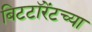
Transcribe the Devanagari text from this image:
बिटटॉरेंटच्या